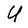
Character: U